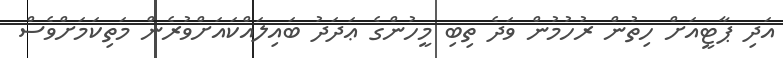
އަދި ޕާޓީއަށް ހިތުން ރުހުމުން ވަދެ ތިބި މީހުންގެ ޢަދަދު ބައިލައްކައަށްވުރެން މަތިކަމަށްވެސް